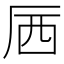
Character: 𱑝